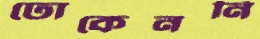
ঢোকেননি